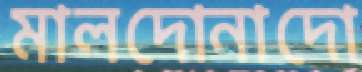
মালদোনাদো